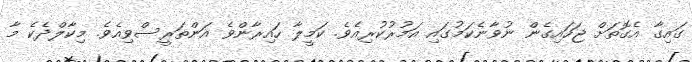
ގައިގާ އެގޮތަށް ޖަހައިގެން ނުވާނެކަމުގައި އަމުރުކުރިއެވެ. ކަމީލާ ހައިރާންވެ އަންތަރީސްވިއެވެ. މިކާލްދެކެ މާ